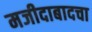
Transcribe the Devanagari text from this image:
मजीदाबादचा